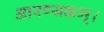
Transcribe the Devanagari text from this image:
आरण्यकम्।